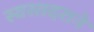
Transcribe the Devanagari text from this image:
स्वस्तदराने